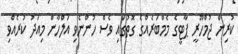
ކުރިން ޖުމްހޫރީ ޕާޓީގެ މެމްބަރެއްގެ ގޮތުގައި ވެސް ހުންނެވި އަލްހާން މިއަދު ކުރެއްވި